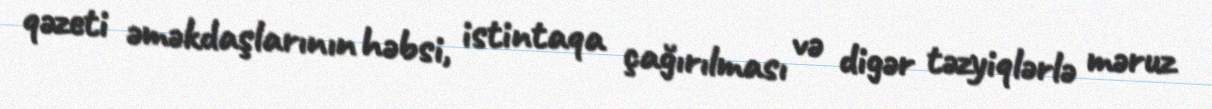
qəzeti əməkdaşlarının həbsi, istintaqa çağırılması və digər təzyiqlərlə məruz